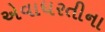
એવાધરતીના